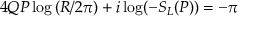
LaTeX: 4 Q P \log \left( R / 2 \pi \right) + i \log ( - S _ { L } ( P ) ) = - \pi